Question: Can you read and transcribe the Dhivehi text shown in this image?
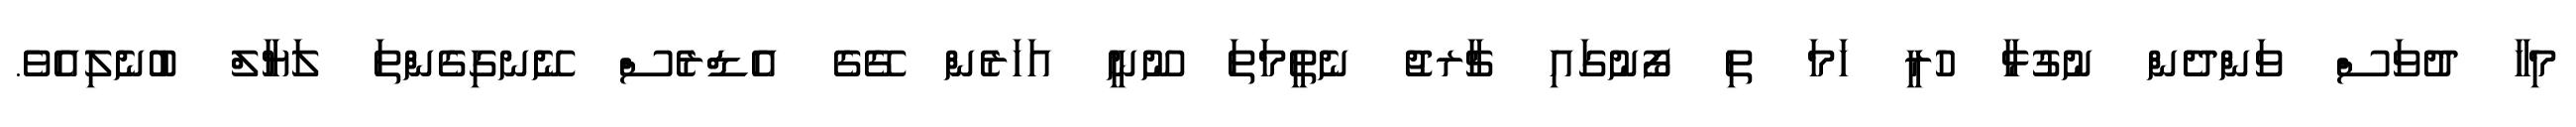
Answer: މިހާ ދުވަސް ވަންދެން ނުގުޅާ ހުރީ ހަމަ ތި ފޯނުގައި ޗާރޖު ނެތީމަތަ ނޫނީ އަހަރެން ގޭގެ އެޑްރެސް ނޭނގިގެންތަ ލަޔާލް ބުނެލިއެވެ.